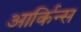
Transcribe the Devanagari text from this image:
आर्किन्स